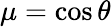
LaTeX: \mu=\cos\theta